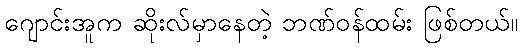
ဂျောင်းအူက ဆိုးလ်မှာနေတဲ့ ဘဏ်ဝန်ထမ်း ဖြစ်တယ်။